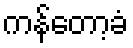
ကန်တော့ခံ